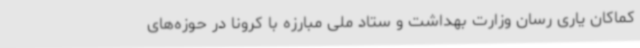
کماکان یاری رسان وزارت بهداشت و ستاد ملی مبارزه با کرونا در حوزه‌های